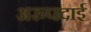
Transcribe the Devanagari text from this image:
अरुपदाई